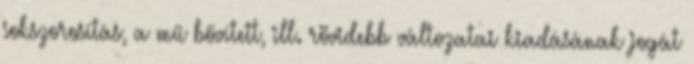
sokszorosítás, a mű bővített, ill. rövidebb változatai kiadásának jogát